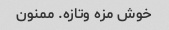
خوش مزه وتازه. ممنون